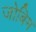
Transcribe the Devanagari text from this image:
जोबिम